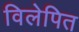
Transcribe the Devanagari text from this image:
विलेपित